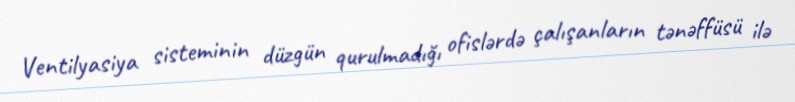
Ventilyasiya sisteminin düzgün qurulmadığı ofislərdə çalışanların tənəffüsü ilə